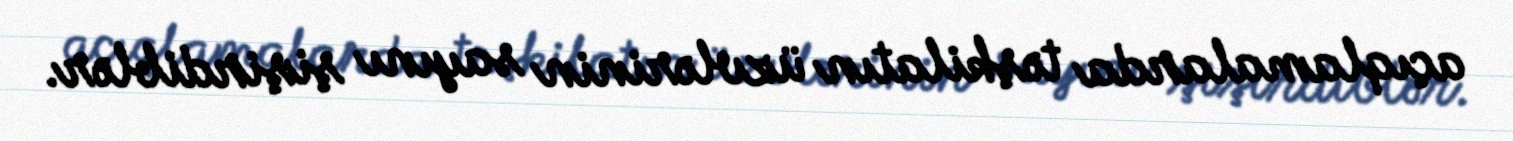
açıqlamalarda təşkilatın üzvlərinin sayını şişirdiblər.